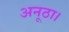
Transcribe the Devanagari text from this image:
अनूठा।